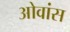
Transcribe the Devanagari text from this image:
ओवांस